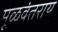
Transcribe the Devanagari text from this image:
मूळवंतराय